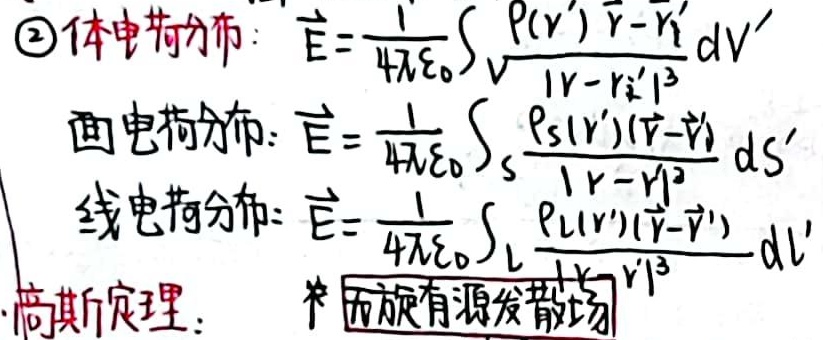
\textcircled{2} 体电荷分布：
\(\vec{E}=\frac{1}{4\pi\varepsilon_0}\int_{V}\frac{\rho(\vec{r}')(\vec{r}-\vec{r}')}{|\vec{r}-\vec{r}'|^3}dV'\)
面电荷分布：
\(\vec{E}=\frac{1}{4\pi\varepsilon_0}\int_{S}\frac{\rho_s(\vec{r}')(\vec{r}-\vec{r}')}{|\vec{r}-\vec{r}'|^3}dS'\)
线电荷分布：
\(\vec{E}=\frac{1}{4\pi\varepsilon_0}\int_{L}\frac{\rho_l(\vec{r}')(\vec{r}-\vec{r}')}{|\vec{r}-\vec{r}'|^3}dl'\)
高斯定理：面旋有源发散场